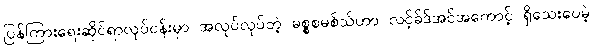
ပြန်ကြားရေးဆိုင်ရာလုပ်ငန်းမှာ အလုပ်လုပ်တဲ့ မစ္စစမစ်သ်ဟာ လင့်ခ်ဒ်အင်အကောင့် ရှိသေးပေမဲ့